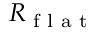
R _ { \textrm { f l a t } }